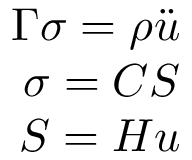
\begin{array} { r } { \boldsymbol { \Gamma } \boldsymbol { \sigma } = \rho \ddot { \boldsymbol { u } } } \\ { \boldsymbol { \sigma } = \boldsymbol { C S } } \\ { \boldsymbol { S } = \boldsymbol { H } \boldsymbol { u } } \end{array}